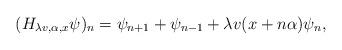
LaTeX: \begin{align*}(H_{\lambda v,\alpha,x}\psi)_{n}=\psi_{n+1}+\psi_{n-1}+ \lambda v(x+n\alpha)\psi_{n},\end{align*}